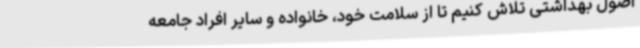
اصول بهداشتی تلاش کنیم تا از سلامت خود، خانواده و سایر افراد جامعه